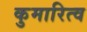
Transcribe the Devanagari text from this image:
कुमारित्व